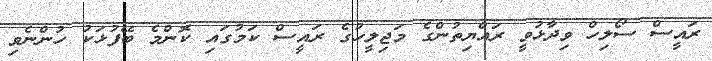
ރައީސް ސޯލިހް ވިދާޅުވީ ރައްޔިތުންގެ މަޖިލީހުގެ ރައީސް ކަމުގައި ކޮންމެ ބޭފުޅަކު ހުންނެވި